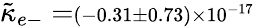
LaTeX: {\tilde{\kappa}}_{e-}=\scriptstyle(-0.31\pm 0.73)\times 10^{-17}